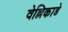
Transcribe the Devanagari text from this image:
वेल्लिकाडे